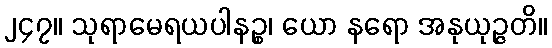
၂၄၇။ သုရာမေရယပါနဉ္စ၊ ယော နရော အနုယုဉ္ဇတိ။